画像に写った文字を読んでください
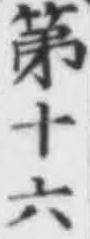
「第十六」と書いてあります